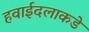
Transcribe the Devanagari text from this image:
हवाईदलाकडे